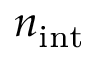
n _ { \mathrm { i n t } }